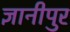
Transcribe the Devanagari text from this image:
ज्ञानीपुर